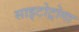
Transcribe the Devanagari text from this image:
साइटोट्रोगा